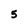
Character: 5